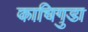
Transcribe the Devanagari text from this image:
काचिगुडा